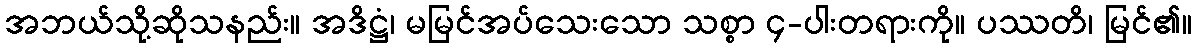
အဘယ်သို့ဆိုသနည်း။ အဒိဋ္ဌံ၊ မမြင်အပ်သေးသော သစ္စာ ၄-ပါးတရားကို။ ပဿတိ၊ မြင်၏။